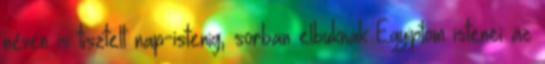
néven is tisztelt nap-istenig, sorban elbuknak Egyiptom istenei az